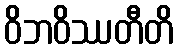
ဝိဘဝိဿတီတိ